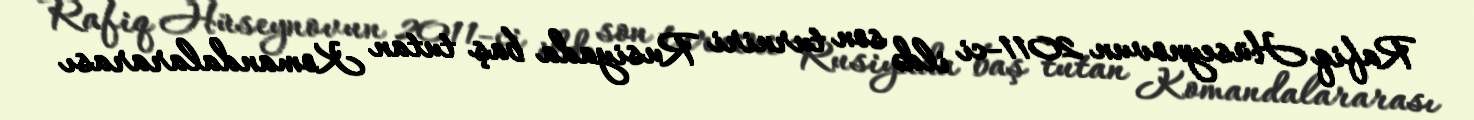
Rafiq Hüseynovun 2011-ci ildə son turniri Rusiyada baş tutan Komandalararası